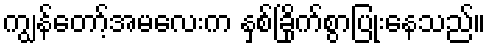
ကျွန်တော့်အမလေးက နှစ်ခြိုက်စွာပြုံးနေသည်။